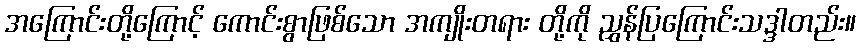
အကြောင်းတို့ကြောင့် ကောင်းစွာဖြစ်သော အကျိုးတရား တို့ကို ညွှန်ပြကြောင်းသဒ္ဒါတည်း။